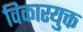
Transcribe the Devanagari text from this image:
विकारयुक्त